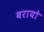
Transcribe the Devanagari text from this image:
बरायो